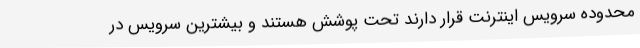
محدوده سرویس اینترنت قرار دارند تحت پوشش هستند و بیشترین سرویس در